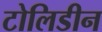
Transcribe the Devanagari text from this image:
टोलिडीन